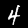
Label: 4